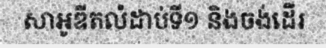
សាអូឌីតលំដាប់ទី១ និងចង់ដើរ